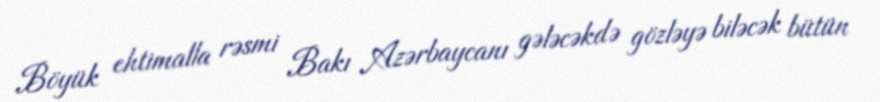
Böyük ehtimalla rəsmi Bakı Azərbaycanı gələcəkdə gözləyə biləcək bütün